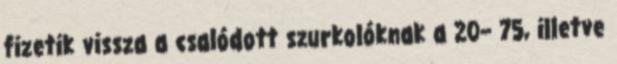
fizetik vissza a csalódott szurkolóknak a 20– 75, illetve